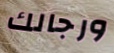
ورجالك